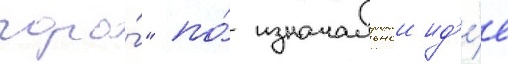
гора́" по́ изначальнои ид'е́е